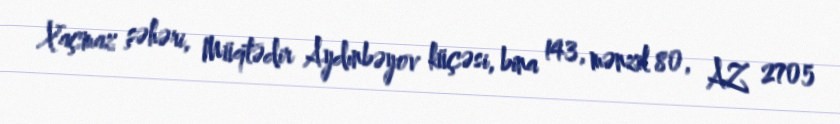
Xaçmaz şəhəri, Müqtədir Aydınbəyov küçəsi, bina 143, mənzil 80, AZ 2705